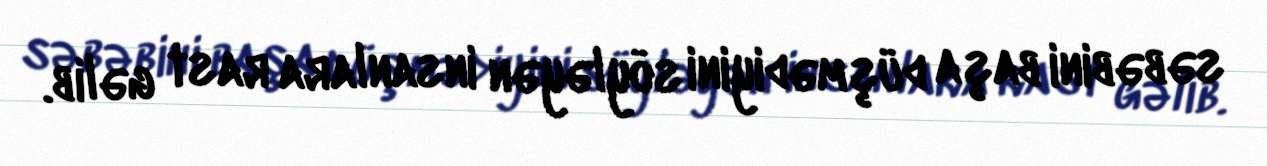
səbəbini başa düşmədiyini söyləyən insanlara rast gəlib.